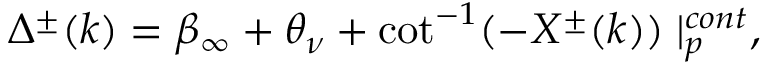
\Delta ^ { \pm } ( k ) = \beta _ { \infty } + \theta _ { \nu } + \cot ^ { - 1 } ( - X ^ { \pm } ( k ) ) \mid _ { p } ^ { c o n t } ,